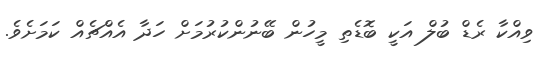
ވިއްކާ ރެޑް ބުލް އަކީ ބޮޑެތި މީހުން ބޭނުންކުރުމަށް ހަދާ އެއްޗެއް ކަމަށެވެ.